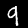
Digit: 9